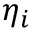
\eta _ { i }